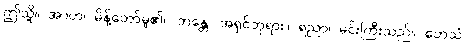
ဤသို့။ အာဟ၊ မိန့်တော်မူ၏။ ဘန္တေ၊ အရှင်ဘုရား။ ရညာ၊ မင်းကြီးသည်။ တေသံ၊